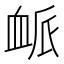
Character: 衇